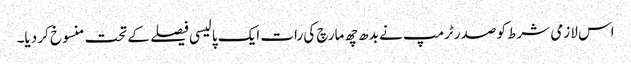
اس لازمی شرط کو صدر ٹرمپ نے بدھ چھ مارچ کی رات ایک پالیسی فیصلے کے تحت منسوخ کر دیا۔